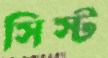
সিস্ট